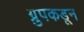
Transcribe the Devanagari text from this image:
ग्रुपकडून